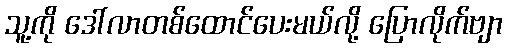
သူ့ကို ဒေါ်လာတစ်ထောင်ပေးမယ်လို့ ပြောလိုက်ဗျာ